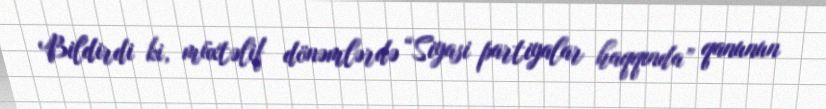
Bildirdi ki, müxtəlif dönəmlərdə “Siyasi partiyalar haqqında” qanunun